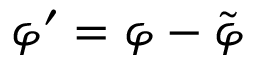
\varphi ^ { \prime } = \varphi - \tilde { \varphi }